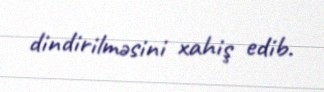
dindirilməsini xahiş edib.